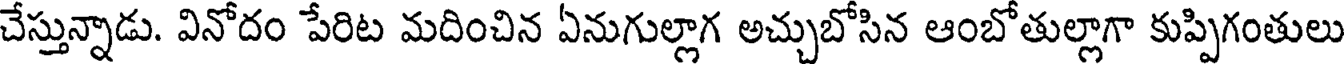
చేస్తున్నాడు. వినోదం పేరిట మదించిన ఏనుగుల్లాగ అచ్చుబోసిన ఆంబోతుల్లాగా కుప్పిగంతులు